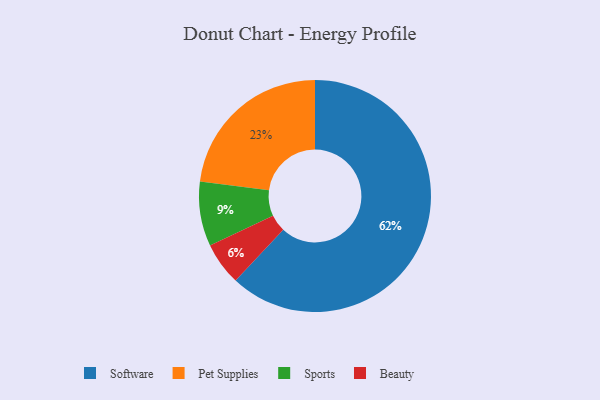
{"axis": {"x": "Category", "y": "Percentage"}, "legend": ["Beauty", "Pet Supplies", "Software", "Sports"], "data": [{"x": "Beauty", "y": 6, "type": "Beauty"}, {"x": "Software", "y": 62, "type": "Software"}, {"x": "Pet Supplies", "y": 23, "type": "Pet Supplies"}, {"x": "Sports", "y": 9, "type": "Sports"}]}